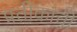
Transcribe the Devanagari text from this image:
प्रतीकाची